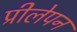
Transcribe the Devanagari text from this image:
प्रीलेपन